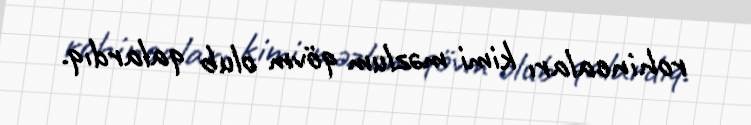
rohincaları kimi məzlum qövm olub qalardıq.